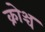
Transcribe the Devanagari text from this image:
क्रोञ्च